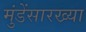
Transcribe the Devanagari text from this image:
मुंडेंसारख्या